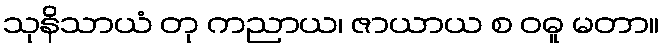
သုနိသာယံ တု ကညာယ၊ ဇာယာယ စ ဝဓူ မတာ။